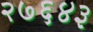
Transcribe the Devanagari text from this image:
२७६४३